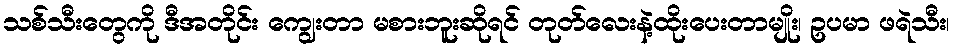
သစ်သီးတွေကို ဒီအတိုင်း ကျွေးတာ မစားဘူးဆိုရင် တုတ်လေးနဲ့ထိုးပေးတာမျိုး၊ ဥပမာ ဖရဲသီး၊